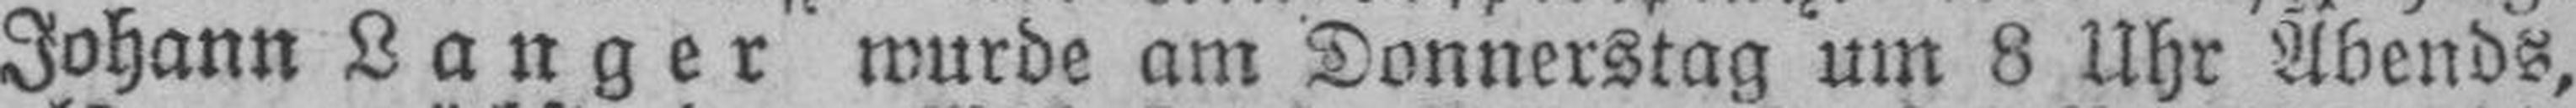
Johann Langer wurde am Donnerstag um 8 Uhr Abends,